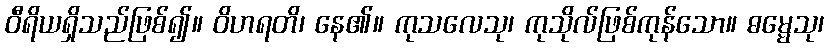
ဝီရိယရှိသည်ဖြစ်၍။ ဝိဟရတိ၊ နေ၏။ ကုသလေသု၊ ကုသိုလ်ဖြစ်ကုန်သော။ ဓမ္မေသု၊